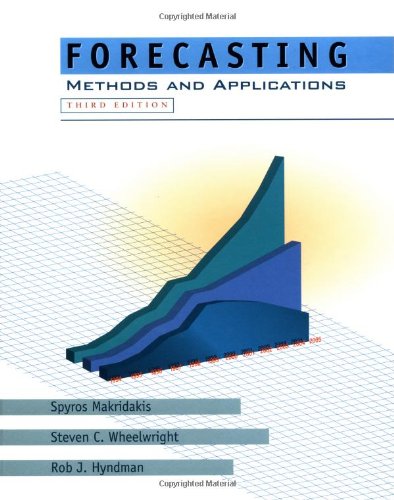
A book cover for Forecasting: Methods and Applications; Spyros G. Makridakis; Business & Money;